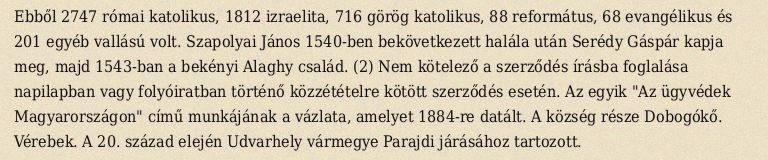
Ebből 2747 római katolikus, 1812 izraelita, 716 görög katolikus, 88 református, 68 evangélikus és 201 egyéb vallású volt. Szapolyai János 1540-ben bekövetkezett halála után Serédy Gáspár kapja meg, majd 1543-ban a bekényi Alaghy család. (2) Nem kötelező a szerződés írásba foglalása napilapban vagy folyóiratban történő közzétételre kötött szerződés esetén. Az egyik "Az ügyvédek Magyarországon" című munkájának a vázlata, amelyet 1884-re datált. A község része Dobogókő. Vérebek. A 20. század elején Udvarhely vármegye Parajdi járásához tartozott.